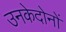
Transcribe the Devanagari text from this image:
उनकेदोनों